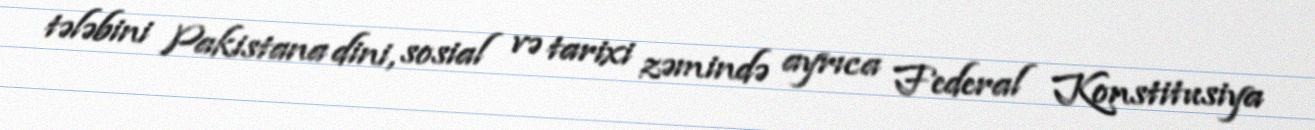
tələbini Pakistana dini, sosial və tarixi zəmində ayrıca Federal Konstitusiya